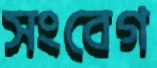
সংবেগ